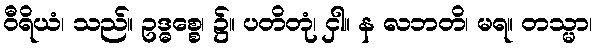
ဝီရိယံ၊ သည်။ ဥဒ္ဓစ္စေ၊ ၌။ ပတိတုံ၊ ငှါ။ န လဘတိ၊ မရ။ တသ္မာ၊